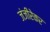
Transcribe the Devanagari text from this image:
जंजीरेकर